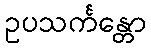
ဥပသင်္ကန္တော